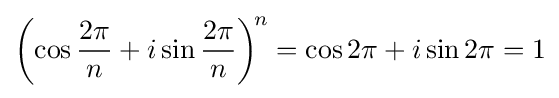
\left(\cos {\frac {2\pi }{n}}+i\sin {\frac {2\pi }{n}}\right)^{\!n}=\cos 2\pi +i\sin 2\pi =1